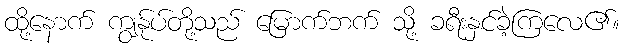
ထို့နောက် ကျွန်ုပ်တို့သည် မြောက်ဘက် သို့ ခရီးနှင်ခဲ့ကြလေ၏။